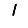
Digit: 1